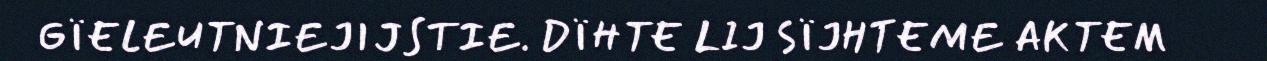
GÏELEUTNIEJIJSTIE. DÏHTE LIJ SÏJHTEME AKTEM